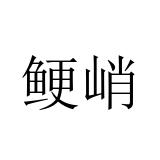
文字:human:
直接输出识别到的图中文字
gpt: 鲠峭